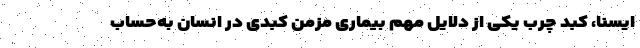
ایسنا، کبد چرب یکی از دلایل مهم بیماری مزمن کبدی در انسان به‌حساب